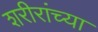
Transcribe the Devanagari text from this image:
शरीरांच्या